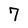
Character: 7